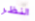
النظر